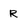
Character: R